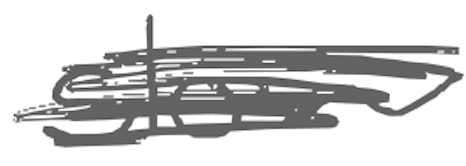
Text: slow
Cross-out: scratch
Writing tool: digital_gray